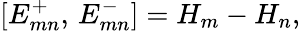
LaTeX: [E_{mn}^{+},\, E_{mn}^{-}]=H_{m}-H_{n},